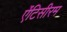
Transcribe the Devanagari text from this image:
ऐंटिसीरम